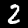
Label: 2